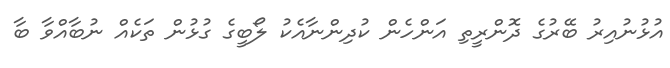
އުޅުނުއިރު ބޭރުގެ ދޮންރީތި އަންހެން ކުދިންނާއެކު ލޯބީގެ ގުޅުން ތަކެއް ނުބާއްވާ ބާ